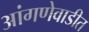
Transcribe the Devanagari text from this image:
आंगणेवाडीत